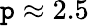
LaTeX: \mathtt{p}\approx2.5